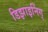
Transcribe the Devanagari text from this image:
डिझाइनिंग्